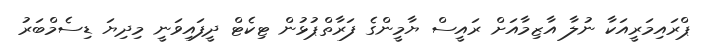
ޕްރައިމަރީއަކާ ނުލާ އާޒިމާއަށް ރައީސް ޔާމީންގެ ފަރާތްޕުޅުން ޓިކެޓް ދީފައިވަނީ މިދިޔަ ޑިސެމްބަރު